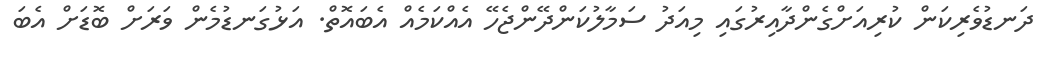
ދަނޑުވެރިކަން ކުރިއަށްގެންދާއިރުގައި މިއަދު ސަމާލުކަންދޭންޖެހޭ އެއްކަމެއް އެބައޮތް. އަޅުގަނޑުމެން ވަރަށް ބޮޑަށް އެބަ